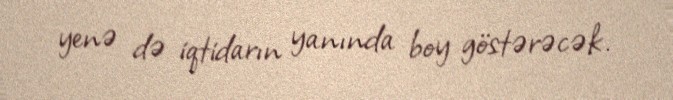
yenə də iqtidarın yanında boy göstərəcək.